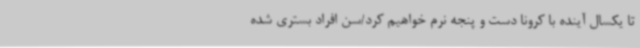
تا یکسال آینده با کرونا دست و پنجه نرم خواهیم کرد/سن افراد بستری شده